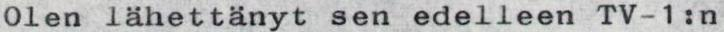
Olen lähettänyt sen edelleen TV-1:n